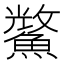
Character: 𮬈